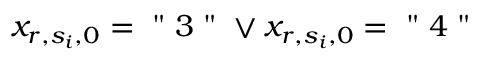
x _ { r , s _ { i } , 0 } = \mathrm { ~ " ~ } 3 \mathrm { ~ " ~ } \lor x _ { r , s _ { i } , 0 } = \mathrm { ~ " ~ } 4 \mathrm { ~ " ~ }